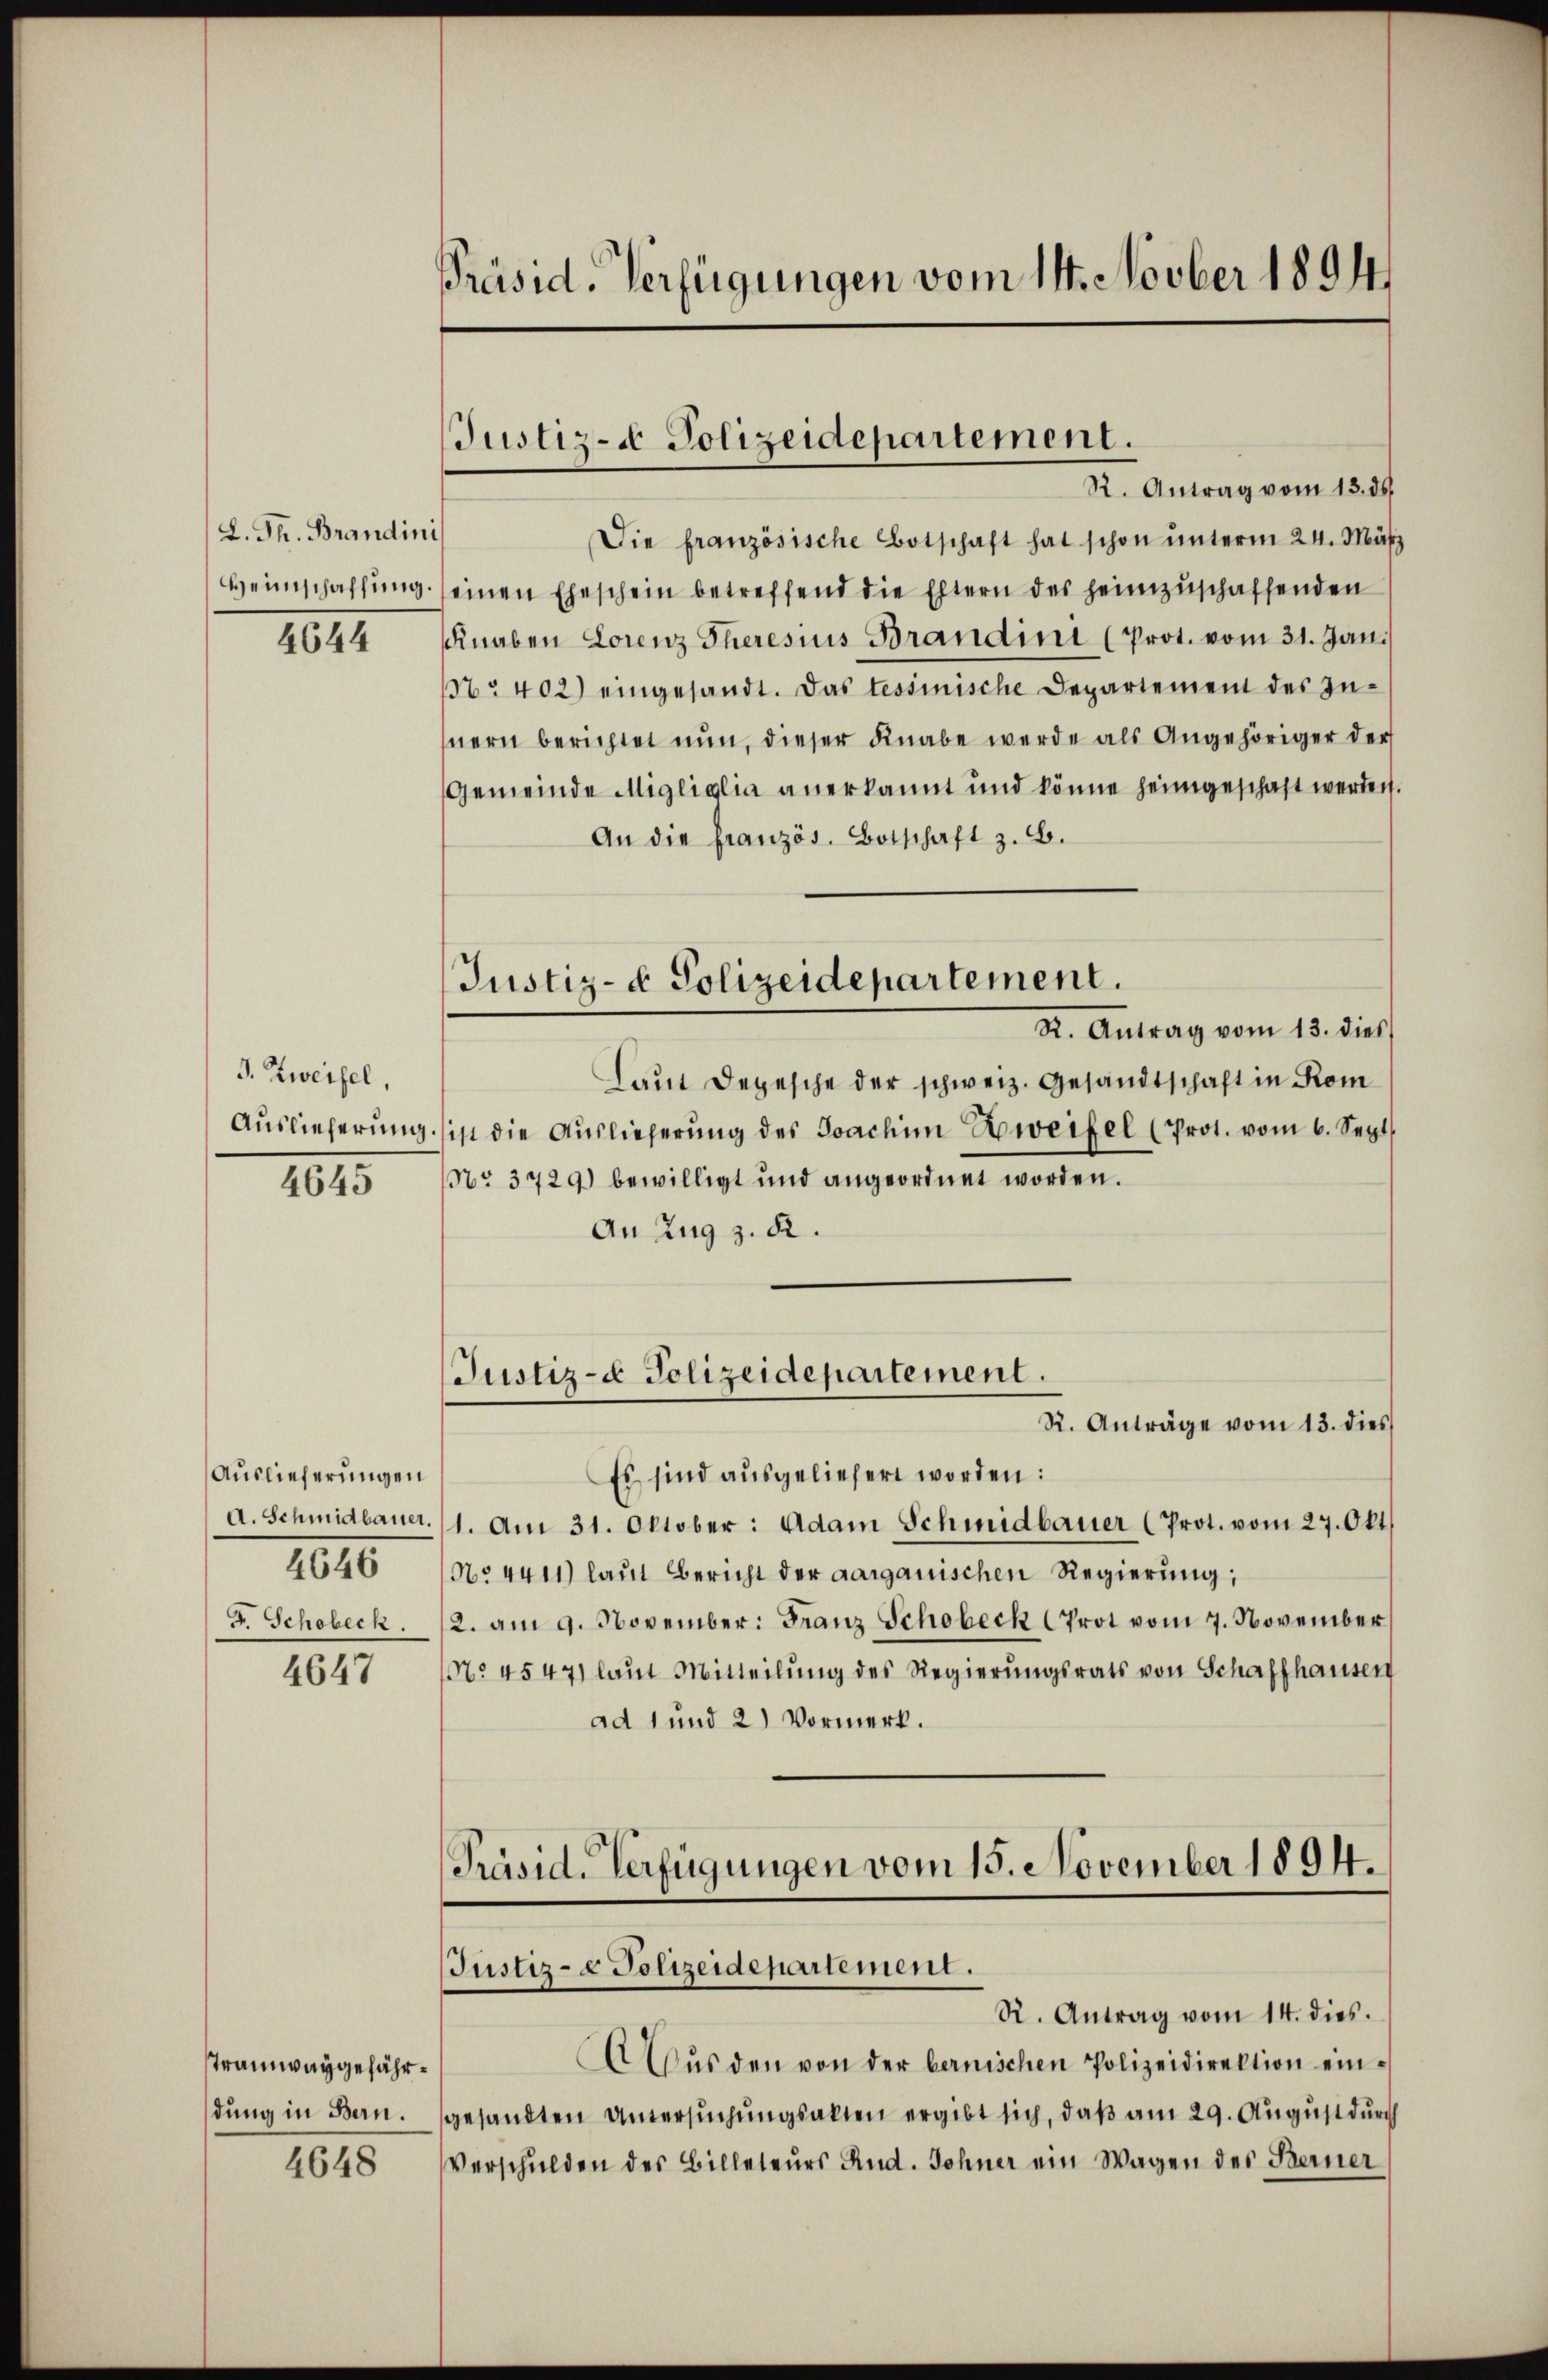
(L. Th. Brandini
Heimschaffung.

4644

3. Zweifel,
Auslieferung.

4645

Auslieferungen
A. Schmidbauer.
4646
F. Schobeck.

4647

Tramwaygefährdung in Bern.

4648

Präsid. Verfügungen vom 14. Novber 1894

Justiz- & Polizeidepartement.
R. Antrag vom 13. ds.

Justiz- & Polizeidepartement.
R. Antrag vom 13. dies

Justiz- & Polizeidepartement.

Die französische Botschaft hat schon ŭnterm 24. März
einen Eheschein betreffend die Eltern des heimzŭschaffenden
Knaben Lorenz Theresius Brandini (Prot. vom 31. Jani
: 402) eingesandt. Das tessinische Departement des Zu-
nern berichtet nun, dieser Knabe werde als Angehöriger der
Gemeinde Migliglia anerkannt und könne heimgeschaft werden.
An die französ. Botschaft z. B.
Laut Depesche der schweiz. Gesandtschaft in Rom
sist die Aŭslieferŭng des Joachim Zweifel (Prot. vom 6. Sept.
No. 3729) bewilligt und angeordnet worden.
An Zug z. d.
Justiz- & Polizeidepartement.
R. Anträge vom 13. dies
Es sind ausgeliefert worden:
1. Am 31. Oktober: Adam Schmidbauer (Prot. vom 27. Okt
No 4411) laut Bericht der aargauischen Regierung;
2. am 9. November: Franz Schobeck (Prot vom 7. November
No. 4547) laut Mitteilŭng des Regierŭngsrats von Schaffhausen
ad 1 und 2) Vormerk.
Präsid. Verfügungen vom 15. November 1894.

R. Antrag vom 14. dies.
A Aŭs den von der bernischen Polizeidirektion eingesandten Untersuchungsakten ergibt sich, daß am 29. August durch
Verschulden des Billeteŭrs Rud. Sohner ein Wagen des Berner